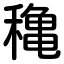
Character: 穐